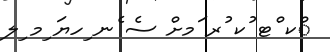
ްކ ްޓ ުކ ުރ ަމށް ސެ ެނ ިހޔަ ިމ ިލ